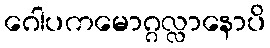
ဂေါပကမောဂ္ဂလ္လာနောပိ